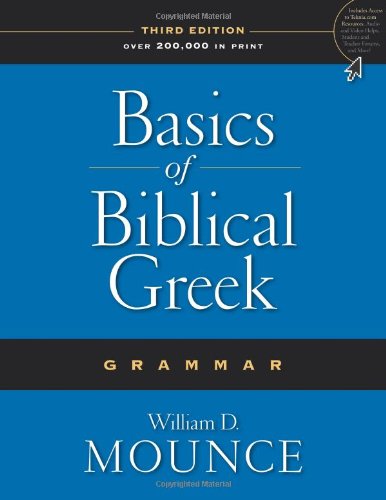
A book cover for Basics of Biblical Greek Grammar; William D. Mounce; Reference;